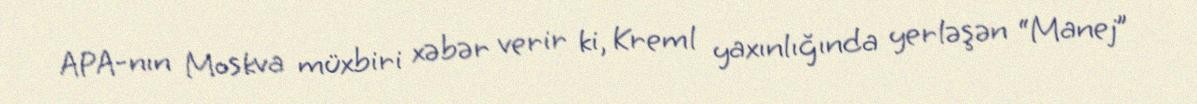
APA-nın Moskva müxbiri xəbər verir ki, Kreml yaxınlığında yerləşən “Manej”